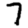
Digit: 7